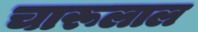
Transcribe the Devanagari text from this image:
चारूलाल